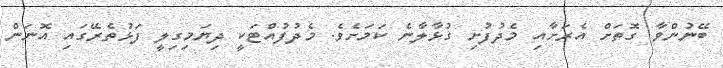
ބޭނުންވާ ގޮތަށް އެރަށާއި މެދުފުށި ގުޅާލާނެ ކަމަށެވެ. މެދުފުއްޓަކީ ދިޔަމިގިލީ ފަޅުތެރޭގައި އޮނަން